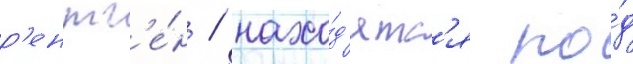
р'ентг'е́н / нахо́д'ятс'я по́д